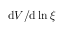
\mathrm { d } V / \mathrm { d } \ln \xi